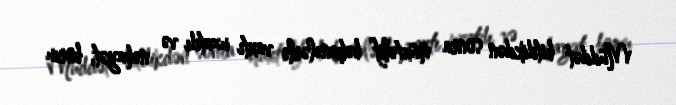
Müddət bitdikdən sonra müxtəlif bəhanələrlə vaxtı uzatdı və nəhayət, borcu